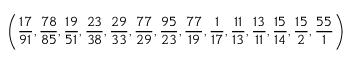
\left( { \frac { 1 7 } { 9 1 } } , { \frac { 7 8 } { 8 5 } } , { \frac { 1 9 } { 5 1 } } , { \frac { 2 3 } { 3 8 } } , { \frac { 2 9 } { 3 3 } } , { \frac { 7 7 } { 2 9 } } , { \frac { 9 5 } { 2 3 } } , { \frac { 7 7 } { 1 9 } } , { \frac { 1 } { 1 7 } } , { \frac { 1 1 } { 1 3 } } , { \frac { 1 3 } { 1 1 } } , { \frac { 1 5 } { 1 4 } } , { \frac { 1 5 } { 2 } } , { \frac { 5 5 } { 1 } } \right)